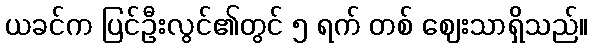
ယခင်က ပြင်ဦးလွင်၏တွင် ၅ ရက် တစ် ဈေးသာရှိသည်။